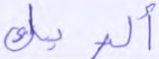
ألربك